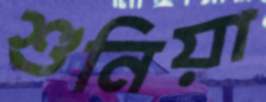
শুনিয়া